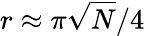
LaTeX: r\approx\pi{\sqrt{N}}/4